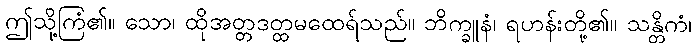
ဤသို့ကြံ၏။ သော၊ ထိုအတ္တဒတ္ထမထေရ်သည်။ ဘိက္ခူနံ၊ ရဟန်းတို့၏။ သန္တိကံ၊